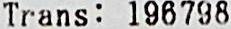
TRANS: 196798